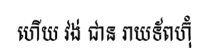
ហើយ វង់ ជាន រាយទ័ពហ៊ុំ